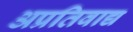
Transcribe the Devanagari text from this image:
अप्रतिवाद्य